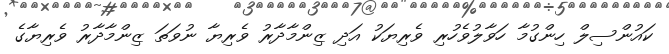
ކައުންސިލް ހިންގުމާ ހަވާލުވެހުރި ވެރިޔަކު އަދި ޒިންމާދާރު ވެރިޔާ ނުވަތަ ޒިންމާދާރު ވެރިޔާގެ